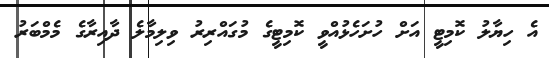
އެ ހިޔާލު ކޮމިޓީ އަށް ހުށަހެޅުއްވީ ކޮމިޓީގެ މުގައްރިރު ވިލިމާލެ ދާއިރާގެ މެމްބަރު